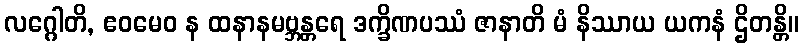
လဂ္ဂေါတိ, ဧဝမေဝ န ထနာနမဗ္ဘန္တရေ ဒက္ခိဏပဿံ ဇာနာတိ မံ နိဿာယ ယကနံ ဌိတန္တိ။